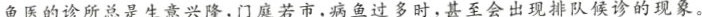
。鱼医的诊所总是生意兴隆，门庭若市，病鱼过多时，甚至会出现排队候诊的现象。